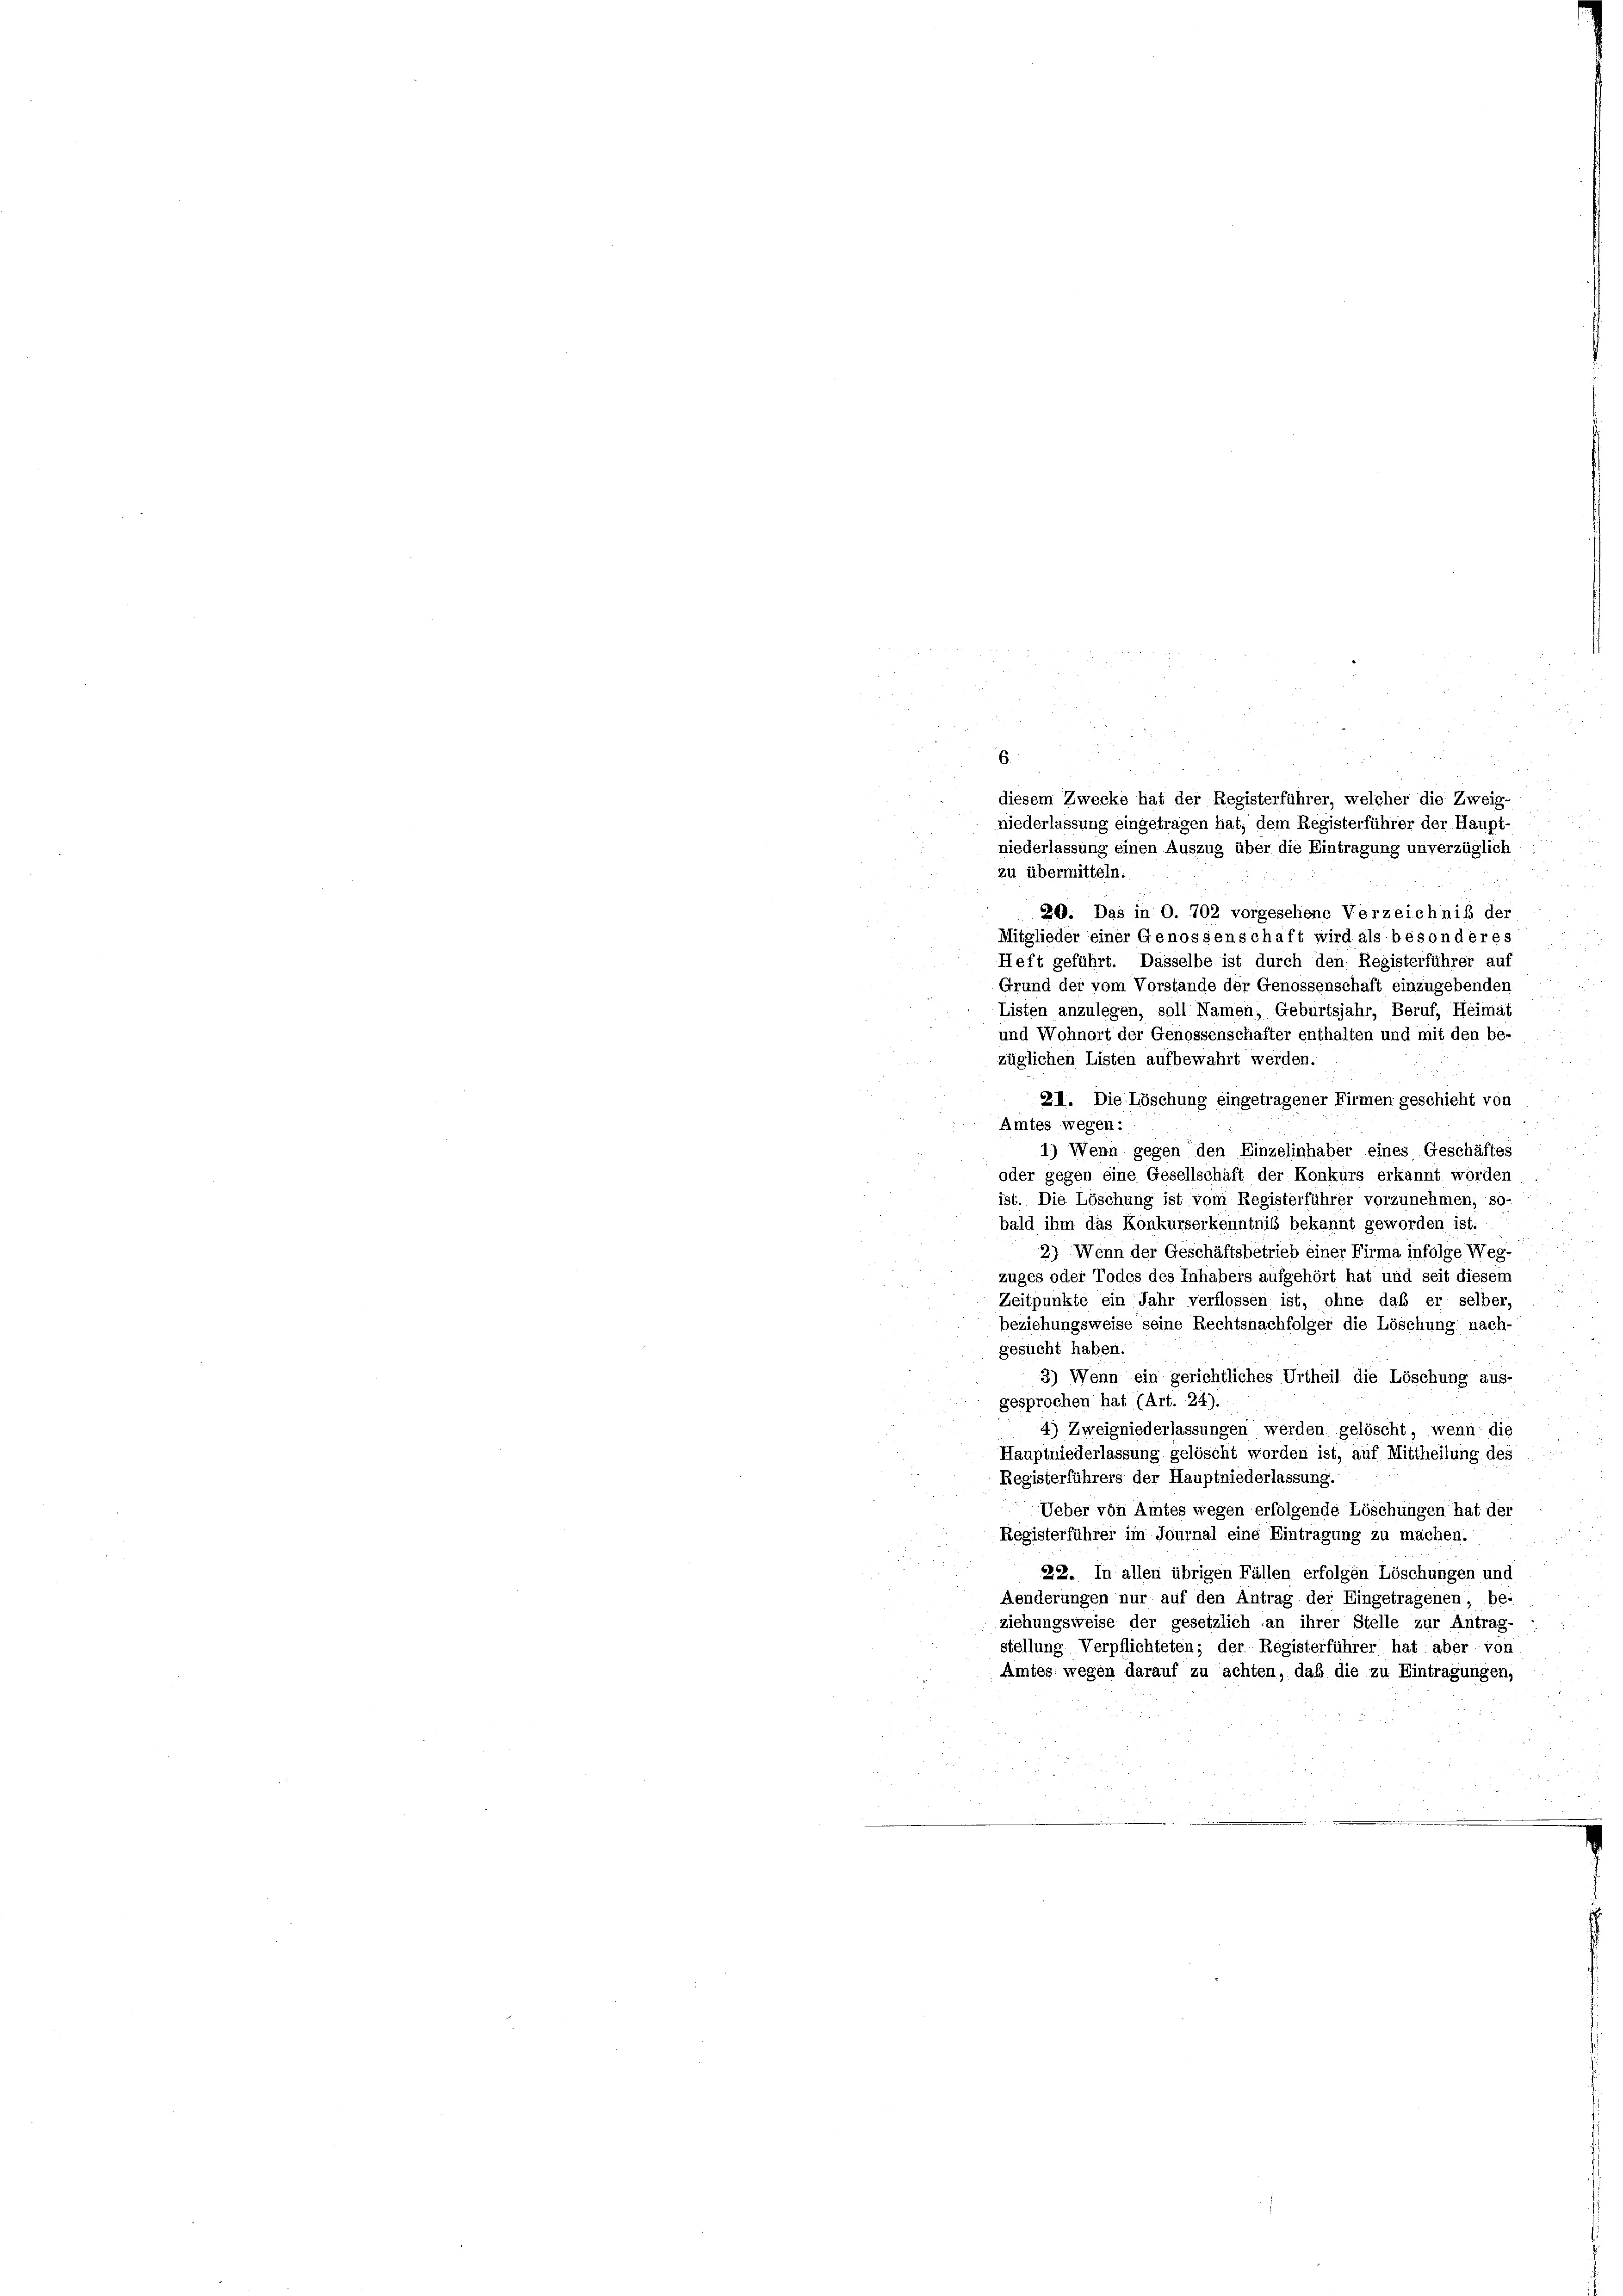
niederlassung einen Auszug über die Eintragung unverzüglich
zu übermitteln.
20. Das in O. 702 vorgesehene Verzeichniß der
Mitglieder einer Genossenschaft wird als besonderes
Heft geführt. Dasselbe ist durch den Registerführer auf

Grund der vom Vorstände der Genossenschaft einzugebenden.
Listen anzulegen, soll Namen, Geburtsjahr, Beruf, Heimat
und Wohnort der Genossenschafter enthalten und mit den be-
züglichen Listen aufbewahrt werden.
ZII. Die Löschung eingetragener Firmen geschieht von
Amtes wegen:
1) Wenn gegen den Einzelinhaber eines Geschäftes
oder gegen eine Gesellschaft der Konkurs erkannt worden
ist. Die Löschung ist vom Registerführer vorzunehmen, so-
bald ihm das Konkurserkenntniß bekannt geworden ist.
2) Wenn der Geschäftsbetrieb einer Firma infolge Weg-
zuges oder Todes des Inhabers aufgehört hat und seit diesem
Zeitpunkte ein Jahr verflossen ist, ohne daß er selber,
beziehungsweise seine Rechtsnachfolger die Löschung nach-
gesucht haben.
3) Wenn ein gerichtliches Urtheil die Löschung aus-
gesprochen hat (Art. 24).
4) Zweigniederlassungen werden gelöscht, wenn die
Hauptniederlassung gelöscht worden ist, auf Mittheilung des
Registerführers der Hauptniederlassung.
Ueber von Amtes wegen erfolgende Löschungen hat der
Registerführer im Journal eine Eintragung zu machen.
22. In allen übrigen Fällen erfolgen Löschungen und
Aenderungen nur auf den Antrag der Eingetragenen be-
ziehungsweise der gesetzlich an ihrer Stelle zur Antrag-
stellung Verpflichteten; der Registerführer hat aber von
Amtes wegen darauf zu achten, daß die zu Eintragungen,

diesem Zwecke hat der Registerführer, welcher die Zweig-
niederlassung eingetragen hat, dem Registerführer der Haupt-